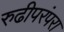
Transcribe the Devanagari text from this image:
रुढीपरंपरा